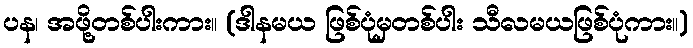
ပန၊ အဖို့တစ်ပါးကား။ (ဒါနမယ ဖြစ်ပုံမှတစ်ပါး သီလမယဖြစ်ပုံကား။)